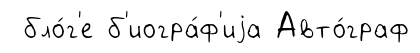
бло́г'е б'иогра́ф'иjа Авто́граф